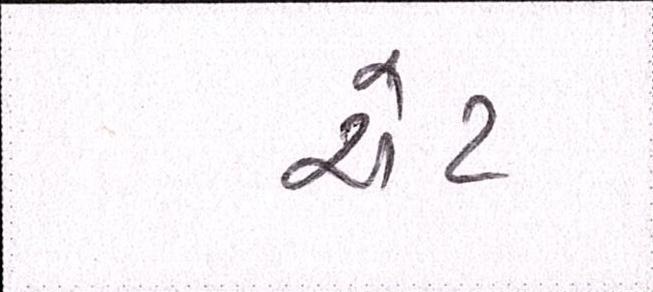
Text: ચેટ